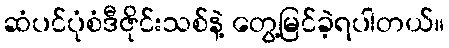
ဆံပင်ပုံစံဒီဇိုင်းသစ်နဲ့ တွေ့မြင်ခဲ့ရပါတယ်။